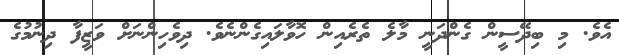
އެވެ. މި ބިދޭސީން ގެންދަނީ މާލެ ތެރެއިން ހޮވާލައިގެންނެވެ. ދިވެހިންނަށް ވަޒީފާ ދިނުމުގެ